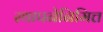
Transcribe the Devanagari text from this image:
स्थापनेनिमित्त